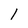
Character: 1